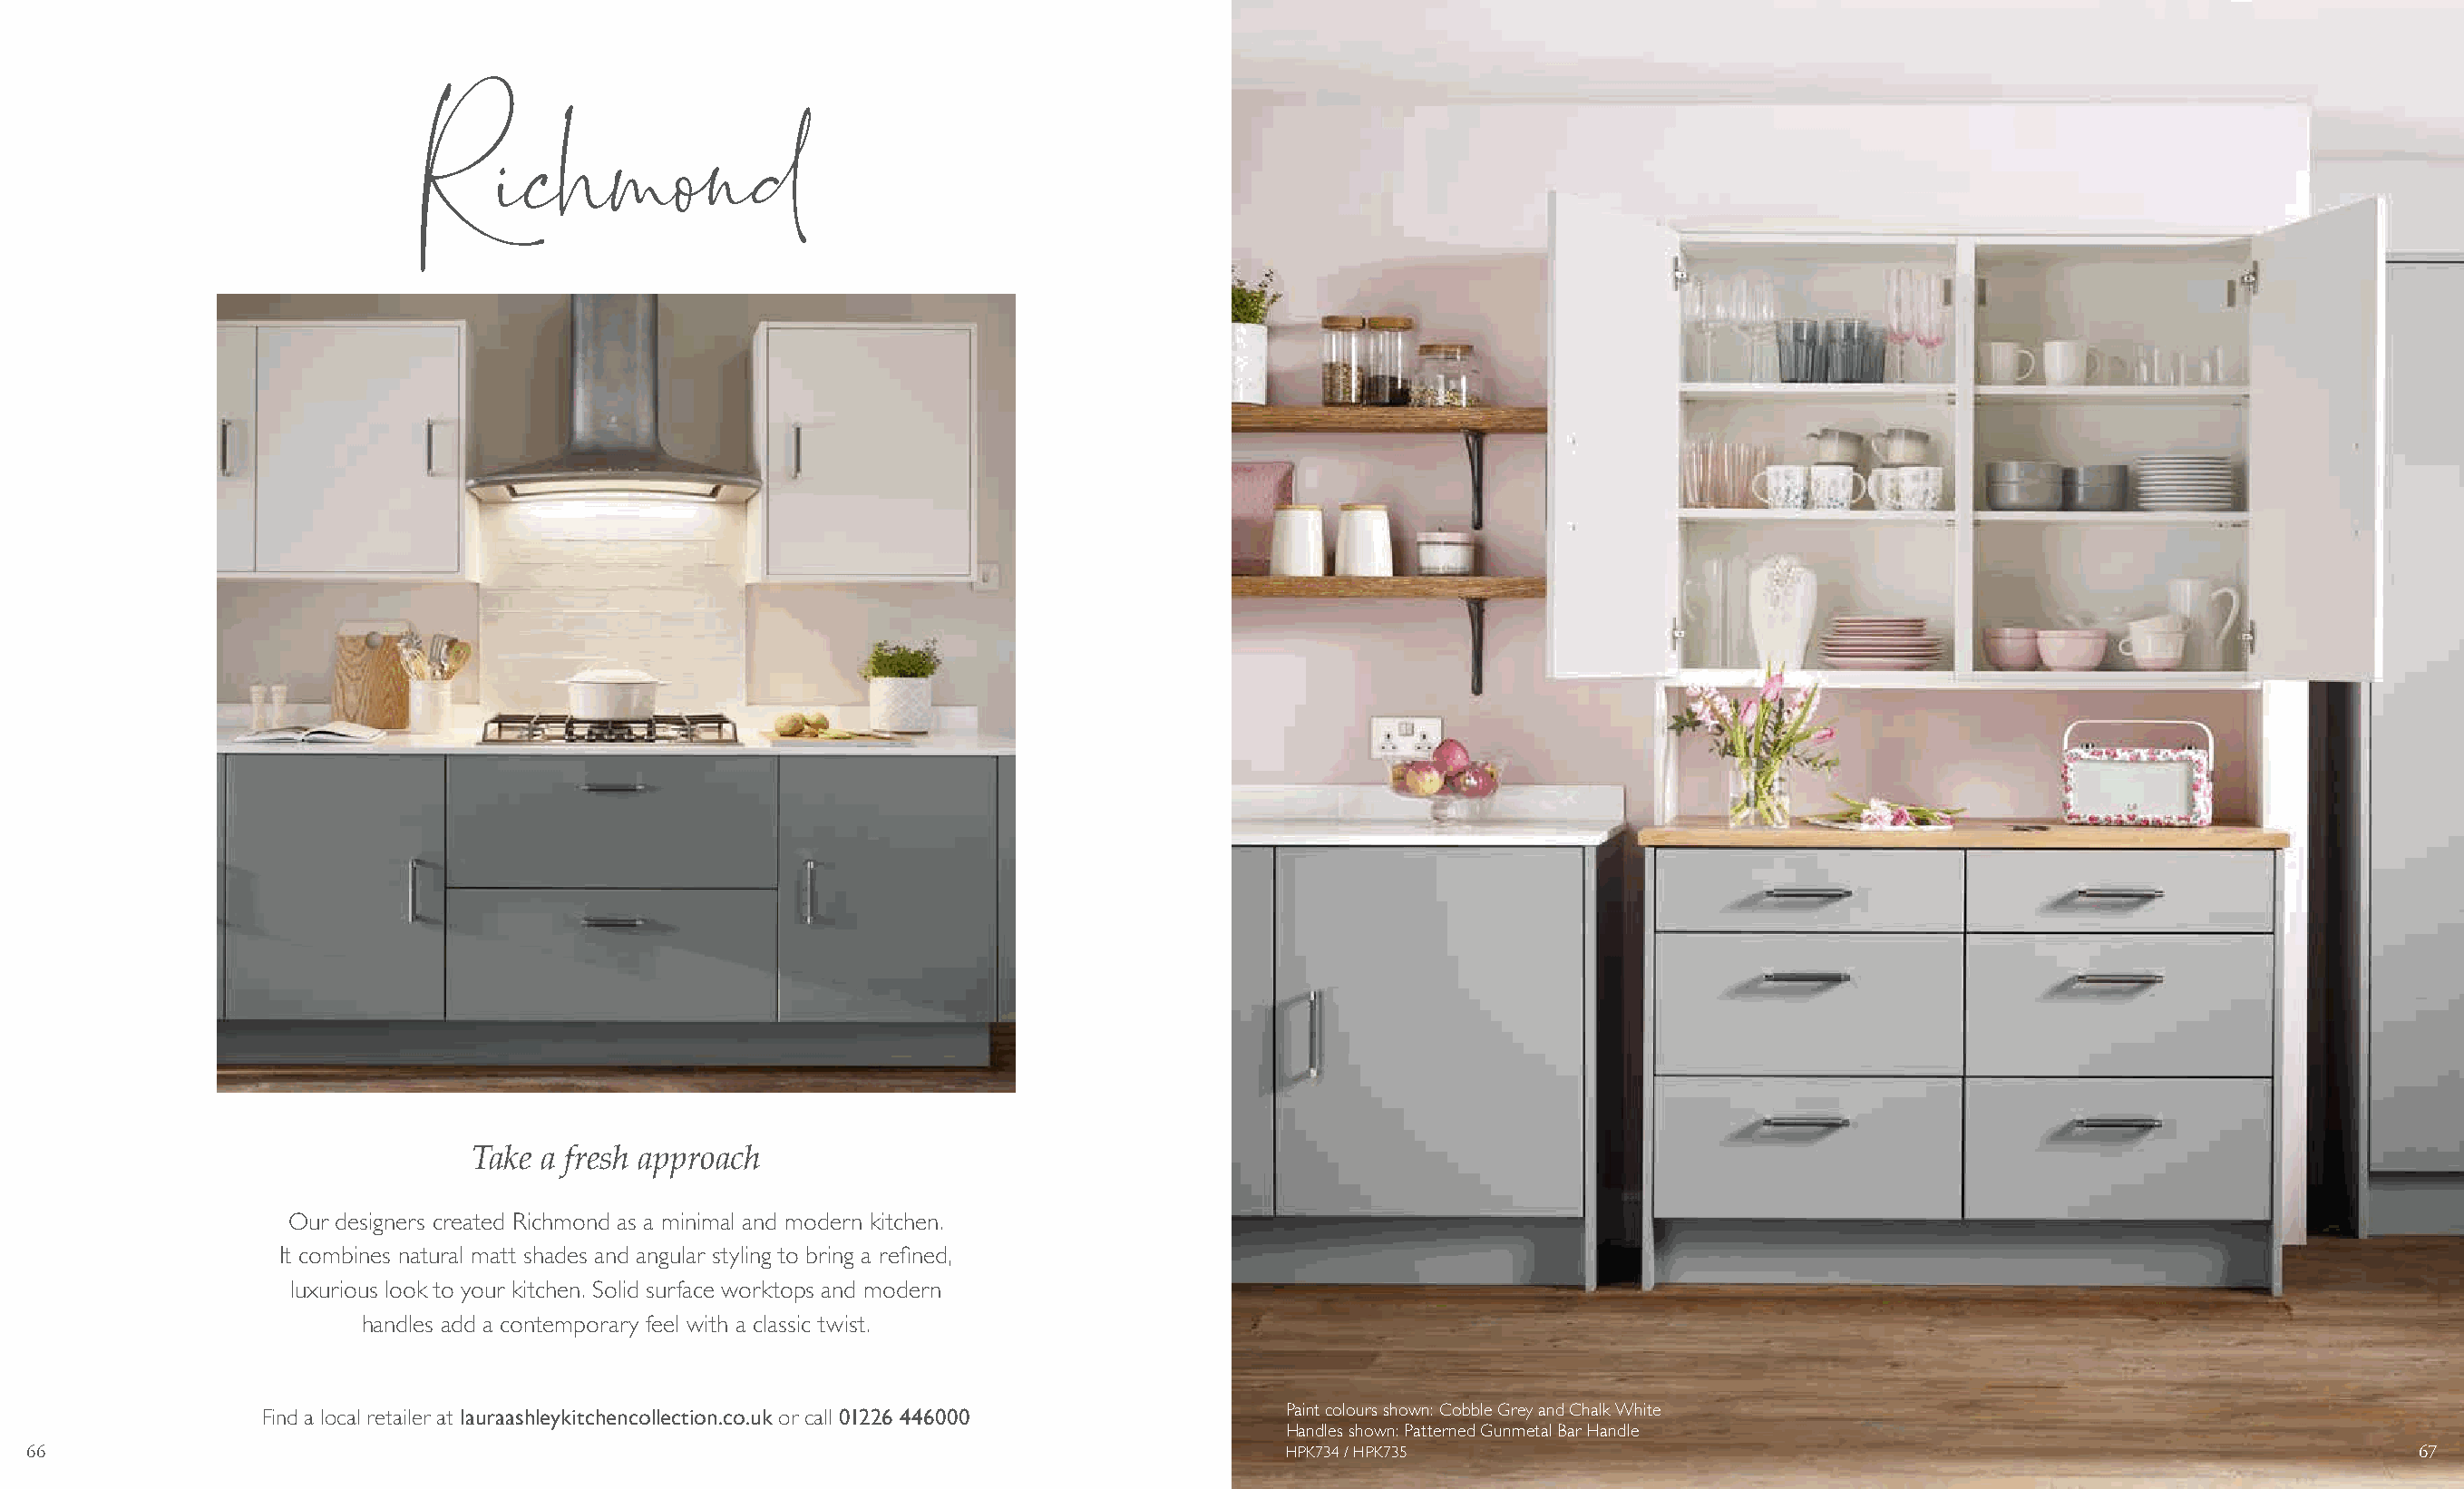
Richmond
 Take a fresh approach
 Our designers created Richmond as a minimal and modern kitchen.
 It combines natural matt shades and angular styling to bring a refined,
 luxurious look to your kitchen. Solid surface worktops and modern
 handles add a contemporary feel with a classic twist.
 Find a local retailer at lauraashleykitchencollection.co.uk or call 01226 446000 Paint colours shown: Cobble Grey and Chalk White
 Handles shown: Patterned Gunmetal Bar Handle
 66                                                                                          HPK734 / HPK735                                                                    67